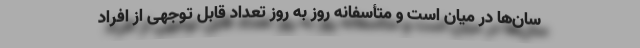
سان‌ها در میان است و متأسفانه روز به روز تعداد قابل توجهی از افراد